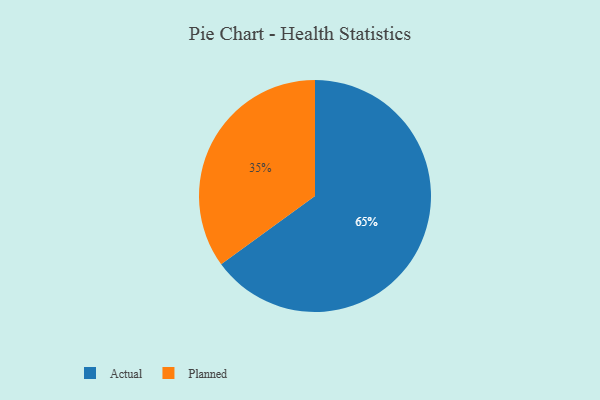
{"axis": {"x": "Category", "y": "Percentage"}, "legend": ["Actual", "Planned"], "data": [{"x": "Planned", "y": 35, "type": "Planned"}, {"x": "Actual", "y": 65, "type": "Actual"}]}